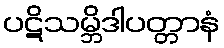
ပဋိသမ္ဘိဒါပတ္တာနံ